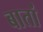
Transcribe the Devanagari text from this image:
बातां